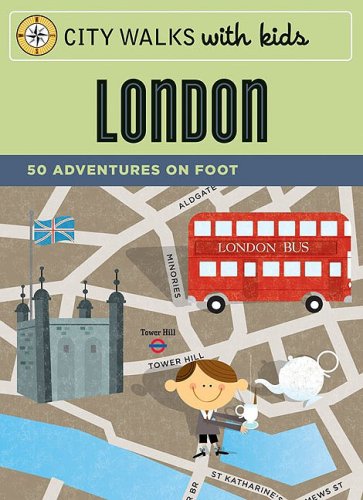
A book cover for City Walks with Kids: London: 50 Adventures on Foot; Emily Laurence Baker; Travel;